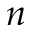
n